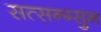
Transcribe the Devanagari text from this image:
सत्सन्ग्सुन